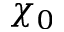
\chi _ { 0 }